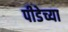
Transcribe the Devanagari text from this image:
पीडेच्या